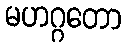
မဟဂ္ဂတော